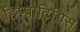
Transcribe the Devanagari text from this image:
हिप्पोटिग्रिस